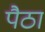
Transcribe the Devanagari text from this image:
पैठा